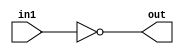
/*
 * Copyright (c) 2006, Peter M. Chen.  All rights reserved.  This software is
 * supplied as is without expressed or implied warranties of any kind.
 */
module bit_not(
    input wire [31:0] in1,
    output reg [31:0] out);

    always @* begin
        out = ~in1;
    end

endmodule